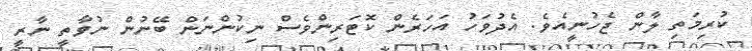
ކުރިމަތި ލާން ޖެހުނީއެވެ. އެދުވަހު އަހަރެން ކޮޓަރިންވެސް ނިކުންނަން ބޭނުން ނުވާތީ ނާރީ